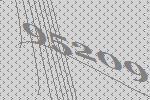
95209